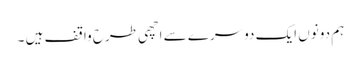
ہم دونوں ایک دوسرے سے اچھی طرح واقف ہیں ۔